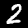
Digit: 2